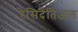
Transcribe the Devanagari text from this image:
रेसिदेंतिअल